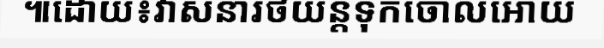
៕ដោយ៖វាសនារថយន្តទុកចោលអោយ